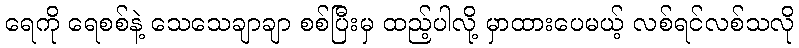
ရေကို ရေစစ်နဲ့ သေသေချာချာ စစ်ပြီးမှ ထည့်ပါလို့ မှာထားပေမယ့် လစ်ရင်လစ်သလို